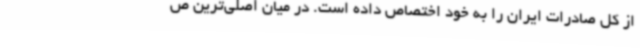
از کل صادرات ایران را به خود اختصاص داده است. در میان اصلی‌ترین ص